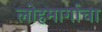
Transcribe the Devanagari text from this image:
लोहमार्गाचा